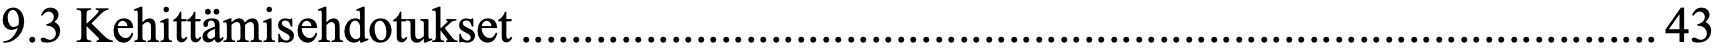
9.3 Kehittämisehdotukset ........................................................................................... 43